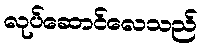
လုပ်ဆောင်လေသည်